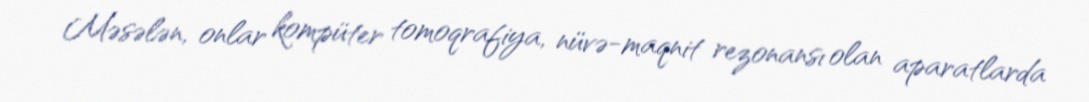
Məsələn, onlar kompüter tomoqrafiya, nüvə-maqnit rezonansı olan aparatlarda